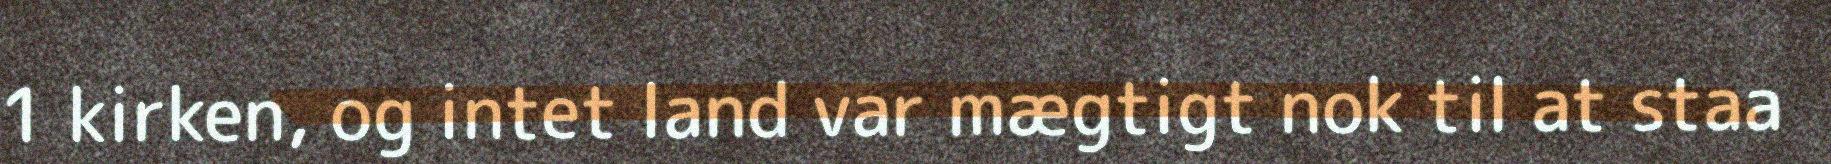
1 kirken, og intet land var mægtigt nok til at staa